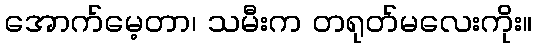
အောက်မေ့တာ၊ သမီးက တရုတ်မလေးကိုး။